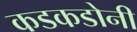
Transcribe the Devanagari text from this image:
कडकडोनी